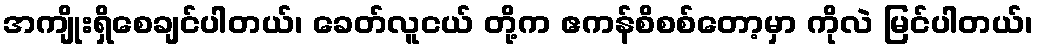
အကျိုးရှိစေချင်ပါတယ်၊ ခေတ်လူငယ် တို့က ဧကန်စိစစ်တော့မှာ ကိုလဲ မြင်ပါတယ်၊